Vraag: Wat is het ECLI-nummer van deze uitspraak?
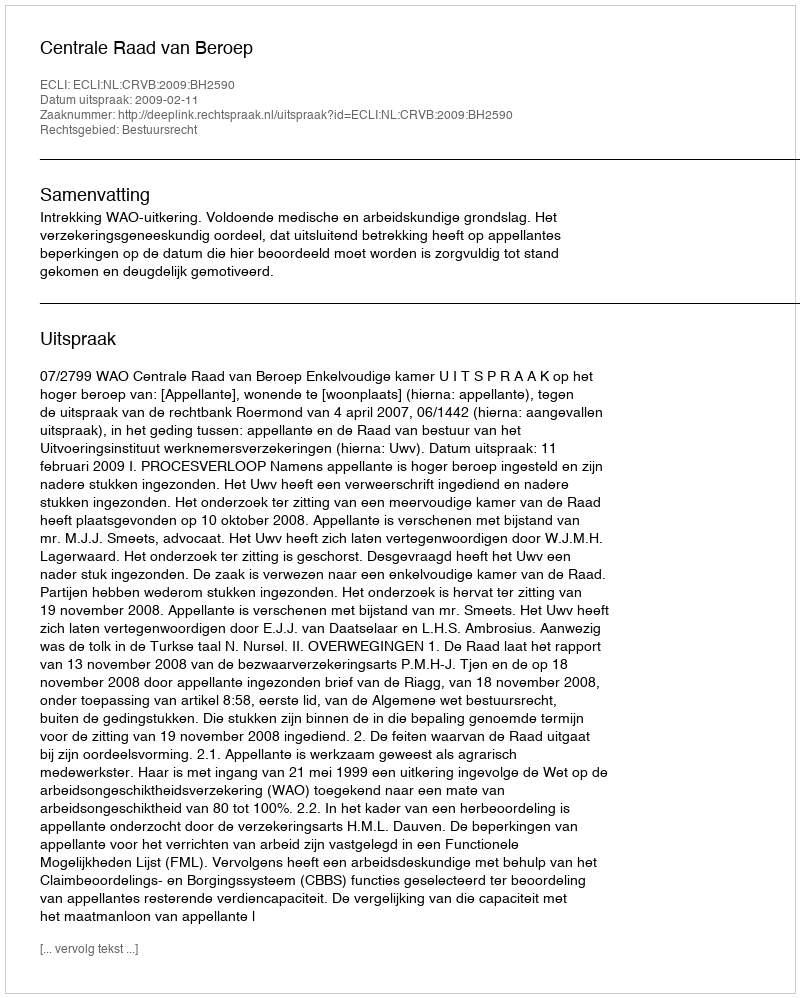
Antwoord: ECLI:NL:CRVB:2009:BH2590